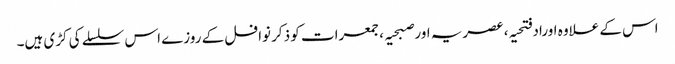
اس کے علاوہ اوراد فتحیہ، عصریہ اور صبحیہ ،جمعرات کو ذکر نوافل کے روزے اس سلسلے کی کڑی ہیں۔